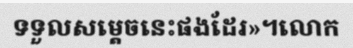
ទទួលសម្តេចនេះផងដែរ»។លោក